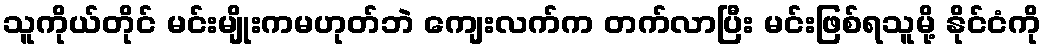
သူကိုယ်တိုင် မင်းမျိုးကမဟုတ်ဘဲ ကျေးလက်က တက်လာပြီး မင်းဖြစ်ရသူမို့ နိုင်ငံကို